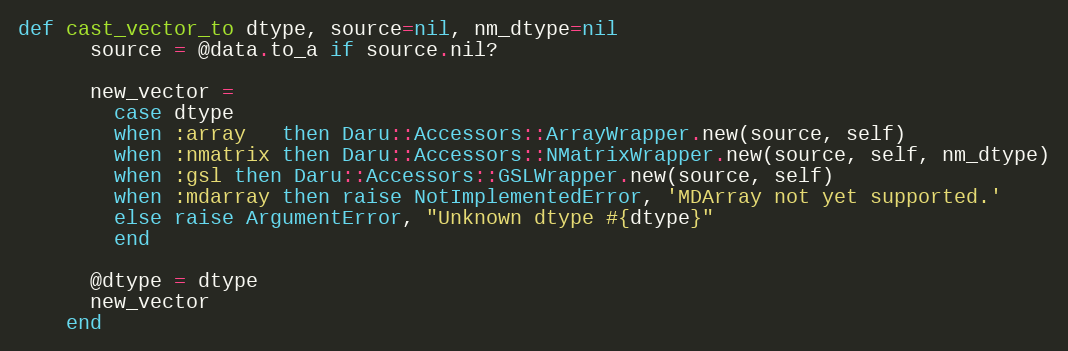
Language: Ruby
def cast_vector_to dtype, source=nil, nm_dtype=nil
      source = @data.to_a if source.nil?

      new_vector =
        case dtype
        when :array   then Daru::Accessors::ArrayWrapper.new(source, self)
        when :nmatrix then Daru::Accessors::NMatrixWrapper.new(source, self, nm_dtype)
        when :gsl then Daru::Accessors::GSLWrapper.new(source, self)
        when :mdarray then raise NotImplementedError, 'MDArray not yet supported.'
        else raise ArgumentError, "Unknown dtype #{dtype}"
        end

      @dtype = dtype
      new_vector
    end